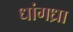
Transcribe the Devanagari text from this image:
धांगध्रा